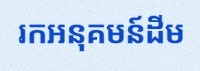
រកអនុគមន៍ដើម